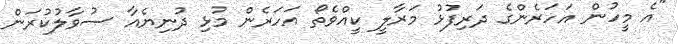
"އެ މީހުން އަހަރެންގެ ދަރިފުޅު މަރާލީ ކީއްވެތޯ އަހަރެން މުޅި ދުނިޔެއާ ސުވާލުކުރަން